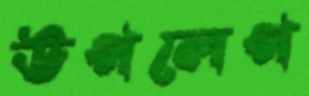
উপলেপ